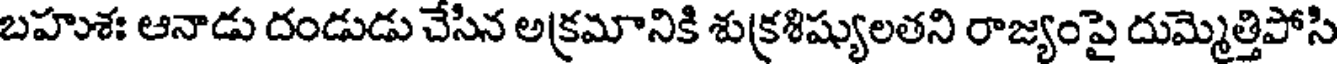
బహుశః ఆనాడు దండుడు చేసిన అక్రమానికి శుక్రశిష్యులతని రాజ్యంపై దుమ్మెత్తిపోసి